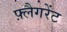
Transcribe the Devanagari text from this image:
फ़्लैगरेंट